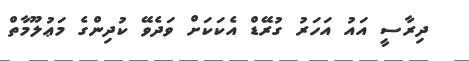
ދިރާސީ އައު އަހަރު ގުރޭޑް އެކަކަށް ވަދެވޭ ކުދިންގެ މަޢުލޫމާތް